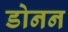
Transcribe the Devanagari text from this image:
डोनन